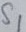
Text: S1